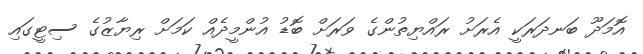
އޮމަދޫ ބަނދަރަކީ އެރަށު ރައްޔިތުންގެ ވަރަށް ބޮޑު އުންމީދެއް ކަމަށް ރިޔާޒުގެ ސިޓީގައި